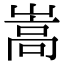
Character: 嵩